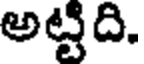
అట్టిది.